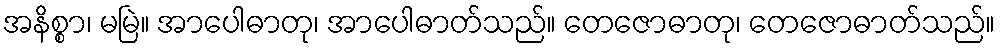
အနိစ္စာ၊ မမြဲ။ အာပေါဓာတု၊ အာပေါဓာတ်သည်။ တေဇောဓာတု၊ တေဇောဓာတ်သည်။